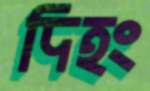
দিহং